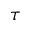
\tau